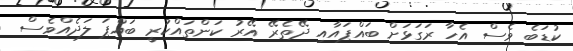
ކުޑަބެ ވެސް އެހާ ރަގަޅަށް ބައްޕައާއި ދޭތެރޭ އޭރު ކަންތައްކުރީ ބައްޕަ ލަދެއްވެސް